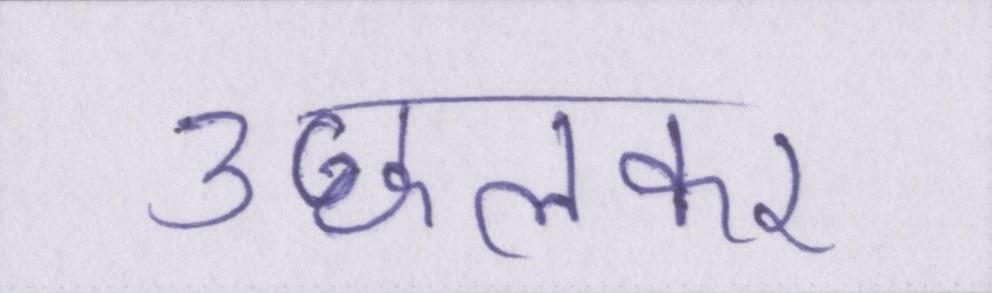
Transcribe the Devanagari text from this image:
उछलकर